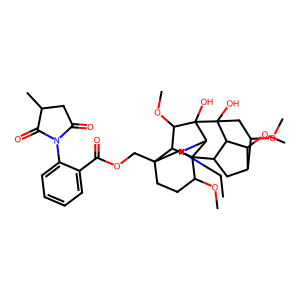
SMILES: CCN1CC2(COC(=O)c3ccccc3N3C(=O)CC(C)C3=O)CCC(OC)C34C5CC6C(OC)CC(O)(C5C6OC)C(O)(C(OC)C23)C14
Inhibits HIV replication: No